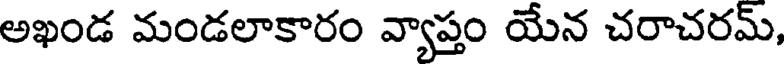
అఖండ మండలాకారం వ్యాప్తం యేన చరాచరమ్,